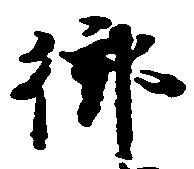
御